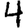
Digit: 4